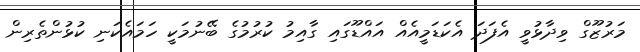
މަރުޒޫގް ވިދާޅުވީ އެފަދަ އެކަޑަމީއެއް އައްޑޫގައި ގާއިމު ކުރުމުގެ ބޭނުމަކީ ހަމައެކަނި ކުޅުންތެރިން